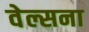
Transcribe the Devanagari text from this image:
वेल्सना